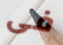
فى